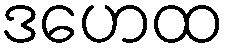
ဒဟေထ